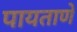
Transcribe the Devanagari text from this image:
पायताणे